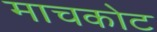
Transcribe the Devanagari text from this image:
माचकोट